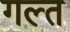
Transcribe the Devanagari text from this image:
गल्त